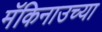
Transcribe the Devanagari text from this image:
मॅकिनाउच्या